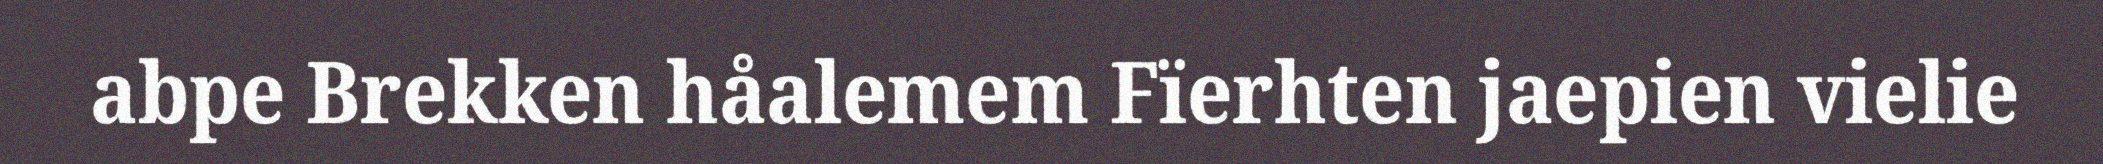
abpe Brekken håalemem Fïerhten jaepien vielie